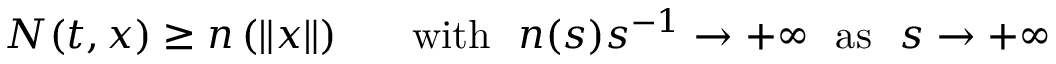
N ( t , x ) \ge n \left( \left\| x \right\| \right) \ \ \ \ \ \mathrm { w i t h } \ \ n ( s ) s ^ { - 1 } \to + \infty \ \ \mathrm { a s } \ \ s \to + \infty